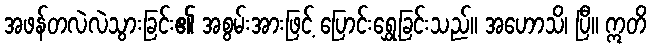
အဖန်တလဲလဲသွားခြင်း၏ အစွမ်းအားဖြင့် ပြောင်းရွှေ့ခြင်းသည်။ အဟောသိ၊ ပြီ။ ဣတိ